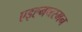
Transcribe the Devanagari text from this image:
एइह्नच्त्स्मन